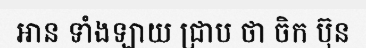
អាន ទាំងឡាយ ជ្រាប ថា ចិក ប៊ុន